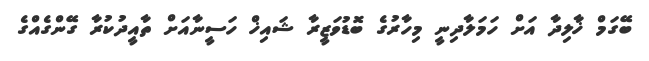
ބޭގަމް ޚާލިދާ އަށް ހަމަލާދިނީ މިހާރުގެ ބޮޑުވަޒީރާ ޝައިޚް ހަސީނާއަށް ތާއީދުކުރާ ގޭންގެއްގެ